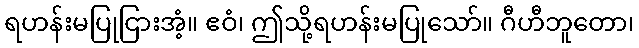
ရဟန်းမပြုငြားအံ့။ ဧဝံ၊ ဤသို့ရဟန်းမပြုသော်။ ဂီဟီဘူတော၊